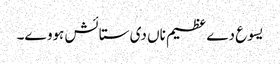
یسوع دے عظیم ناں دی ستائش ہووے۔